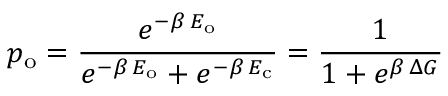
p _ { \mathrm { o } } = \frac { e ^ { - \beta \, E _ { \mathrm { o } } } } { e ^ { - \beta \, E _ { \mathrm { o } } } + e ^ { - \beta \, E _ { \mathrm { c } } } } = \frac { 1 } { 1 + e ^ { \beta \, \Delta G } }